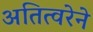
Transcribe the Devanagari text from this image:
अतित्वरेने